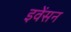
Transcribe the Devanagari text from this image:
इवेंसन